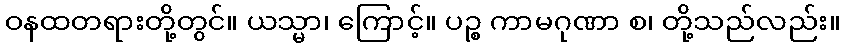
ဝနထတရားတို့တွင်။ ယသ္မာ၊ ကြောင့်။ ပဉ္စ ကာမဂုဏာ စ၊ တို့သည်လည်း။